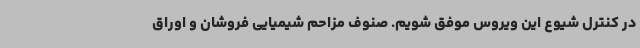
در کنترل شیوع این ویروس موفق شویم. صنوف مزاحم شیمیایی فروشان و اوراق